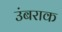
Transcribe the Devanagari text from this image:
उंबराक